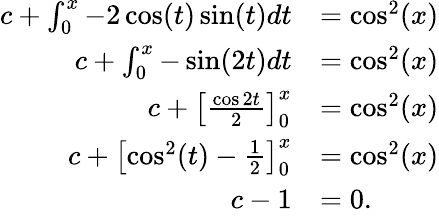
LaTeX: \begin{array}{rl}{c+\int_{0}^{x}-2\cos(t)\sin(t)dt}&{=\cos^{2}(x)}\\ {c+\int_{0}^{x}-\sin(2t)dt}&{=\cos^{2}(x)}\\ {c+\left[\frac{\cos 2t}{2}\right]_{0}^{x}}&{=\cos^{2}(x)}\\ {c+\left[\cos^{2}(t)-\frac{1}{2}\right]_{0}^{x}}&{=\cos^{2}(x)}\\ {c-1}&{=0.}\end{array}